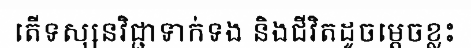
តើទស្សនវិជ្ជាទាក់ទង និងជីវិតដូចម្តេចខ្លះ